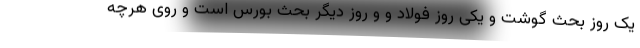
یک روز بحث گوشت و یکی روز فولاد و و روز دیگر بحث بورس است و روی هرچه